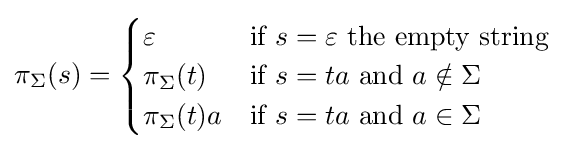
\pi _{\Sigma }(s)={\begin{cases}\varepsilon &{\mbox{if }}s=\varepsilon {\mbox{ the empty string}}\\\pi _{\Sigma }(t)&{\mbox{if }}s=ta{\mbox{ and }}a\notin \Sigma \\\pi _{\Sigma }(t)a&{\mbox{if }}s=ta{\mbox{ and }}a\in \Sigma \end{cases}}